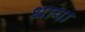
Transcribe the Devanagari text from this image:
धाया